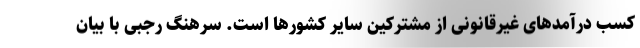
کسب درآمدهای غیرقانونی از مشترکین سایر کشورها است. سرهنگ رجبی با بیان